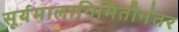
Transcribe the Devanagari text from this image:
सूर्यमालानिर्मितीनंतर